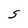
Character: S